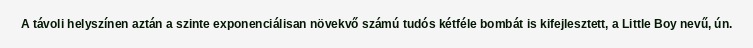
A távoli helyszínen aztán a szinte exponenciálisan növekvő számú tudós kétféle bombát is kifejlesztett, a Little Boy nevű, ún.